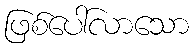
ဖြစ်ပေါ်လာသော